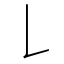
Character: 𠄌